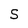
Character: S